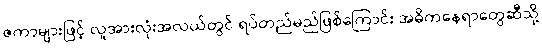
ဇကာများဖြင့် လူအားလုံးအလယ်တွင် ရပ်တည်မည်ဖြစ်ကြောင်း အဓိကနေရာတွေဆီသို့